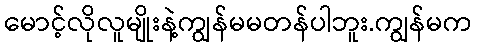
မောင့်လိုလူမျိုးနဲ့ကျွန်မမတန်ပါဘူး.ကျွန်မက